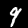
Digit: 9